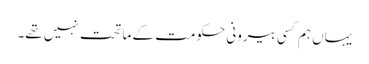
یہاں ہم کسی بیرونی حکومت کے ماتحت نہیں تھے۔